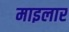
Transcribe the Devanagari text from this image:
माइलार